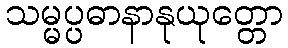
သမ္မပ္ပဓာနာနုယုတ္တော